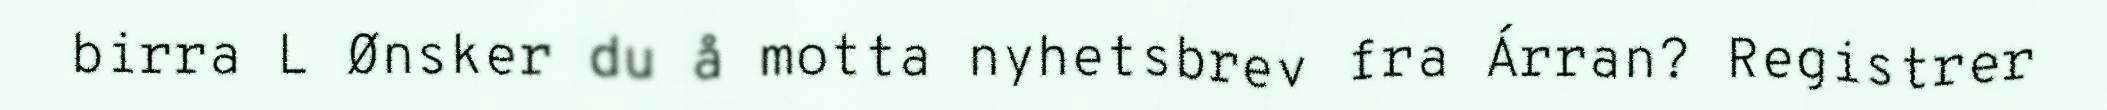
birra L Ønsker du å motta nyhetsbrev fra Árran? Registrer